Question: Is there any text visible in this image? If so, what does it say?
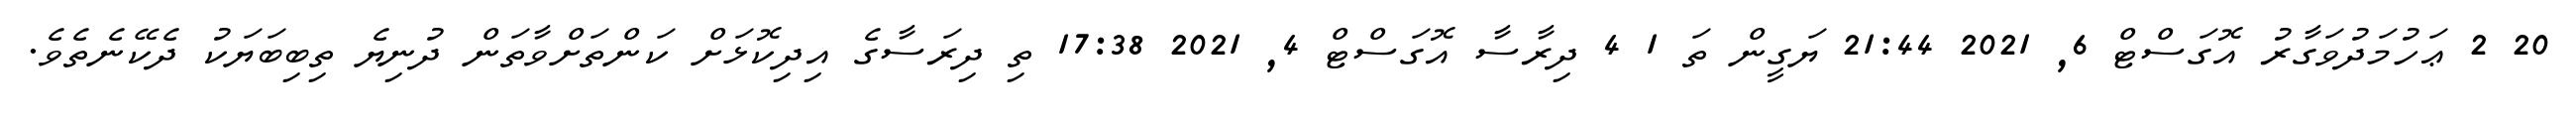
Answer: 20 2 ޢަހުމަދުވަގާރު އޮގަސްޓް 6, 2021 21:44 ޔަގީން ތަ 1 4 ދިރާސާ އޮގަސްޓް 4, 2021 17:38 ތި ދިރަސާގެ އިދިކޮޅަށް ކަންތަށްވާތަން ދުނިޔެ ތިބިބަޔަކު ދެކޭނެތެވެ.